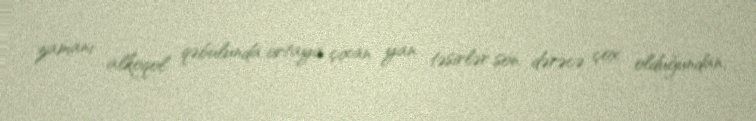
zamanı alkoqol qəbulunda ortaya çıxan yan təsirlər son dərəcə çox olduğundan,